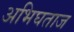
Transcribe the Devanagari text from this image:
अभिघताज